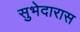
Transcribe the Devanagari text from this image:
सुभेदारास